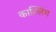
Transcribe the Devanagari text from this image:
काल्लिंग